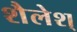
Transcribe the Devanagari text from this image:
शैलेश्